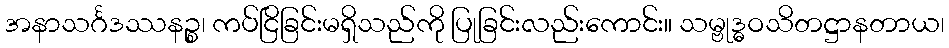
အနာသင်္ဂဒဿနဉ္စ၊ ကပ်ငြိခြင်းမရှိသည်ကို ပြုခြင်းလည်းကောင်း။ သမ္ဗုဒ္ဓဝသိတဋ္ဌာနတာယ၊